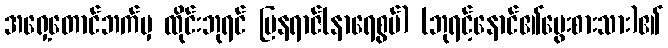
အရှေ့တောင်ဘက်မှ ထိုင်းဘုရင် ဗြနရာဇ်(နာရေစွမ်) (ဘုရင့်နောင်၏မွေးစားသား)၏